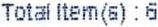
TOTAL ITEM(6) : 6